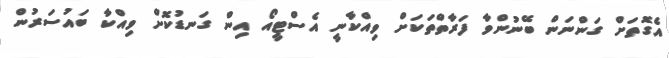
އެގޮތަށް ގަންނަން ބޭނުންވާ ފަރާތްތަކަށް ވިއްކާނީ އެސްޓީއޯ އިން ގަނޑުކޮށް ވިއްކާ ބައުސަރުން